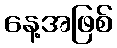
နေ့အဖြစ်